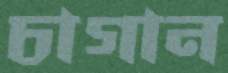
চাগান